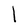
Character: l